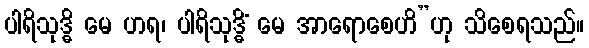
ပါရိသုဒ္ဓိ မေ ဟရ၊ ပါရိသုဒ္ဓိံ မေ အာရောစေဟိ”ဟု သိစေရသည်။